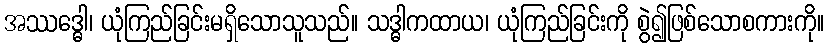
အဿဒ္ဓေါ၊ ယုံကြည်ခြင်းမရှိသောသူသည်။ သဒ္ဓါကထာယ၊ ယုံကြည်ခြင်းကို စွဲ၍ဖြစ်သောစကားကို။